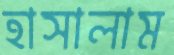
হাসালাম